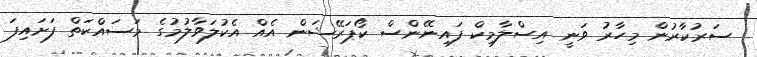
ސަރުކާރުން މިހާރު ވަނީ އިސްލާމިކް ފައިނޭންސް ކޯޕަރޭޝަން އެއް އެކުލަވާލުމުގެ މަސައްކަތް ފަށައިފަ